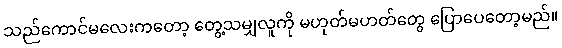
သည်ကောင်မလေးကတော့ တွေ့သမျှလူကို မဟုတ်မဟတ်တွေ ပြောပေတော့မည်။